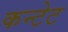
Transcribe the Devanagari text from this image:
कन्टेट